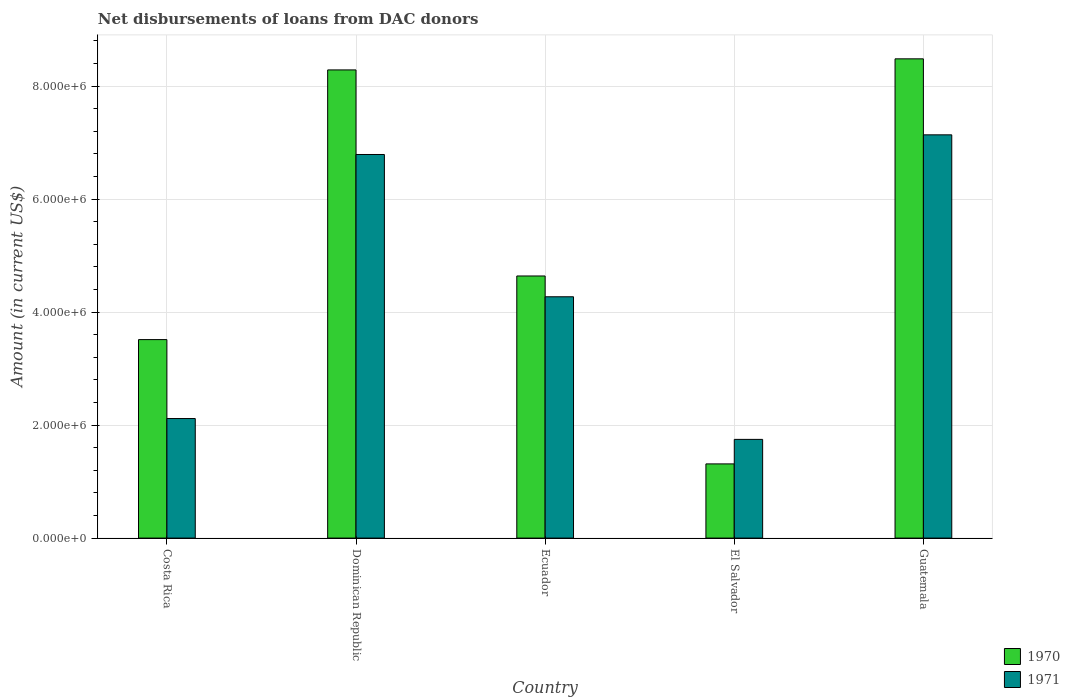
| Country | 1970 | 1971 |
 | --- | --- | --- |
 | Costa Rica | 3.51e+06 | 2.12e+06 |
 | Dominican Republic | 8.29e+06 | 6.79e+06 |
 | Ecuador | 4.64e+06 | 4.27e+06 |
 | El Salvador | 1.31e+06 | 1.75e+06 |
 | Guatemala | 8.48e+06 | 7.14e+06 |